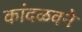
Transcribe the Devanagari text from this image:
कांदळवने